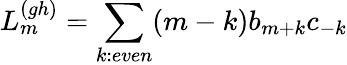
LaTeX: L_{m}^{(gh)}=\sum_{k:even}(m-k)b_{m+k}c_{-k}